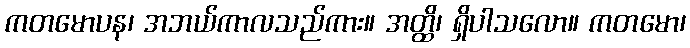
ကတမောပန၊ အဘယ်ကာလသည်ကား။ အတ္ထိ၊ ရှိပါသလော။ ကတမော၊